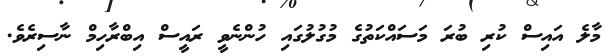
މާލެ އައިސް ކުރި ބުރަ މަސައްކަތުގެ މުގުލުގައި ހުންނެވީ ރައީސް އިބްރާހިމް ނާސިރެވެ.